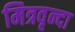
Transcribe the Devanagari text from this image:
मित्रवृन्दा